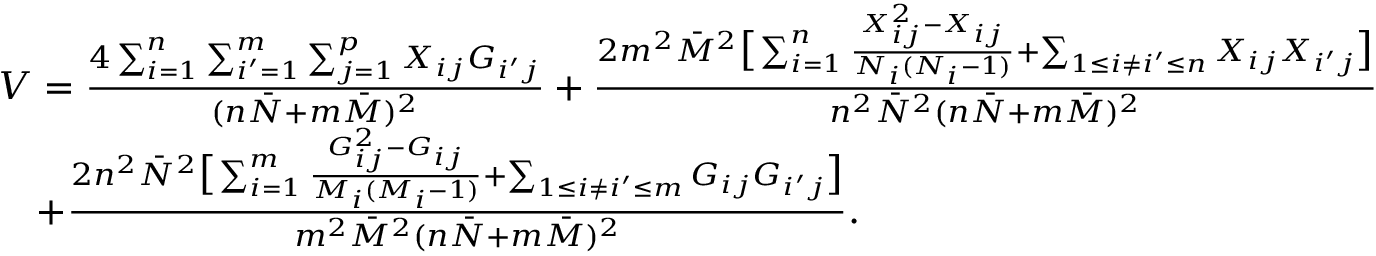
\begin{array} { r l } & { V = \frac { 4 \sum _ { i = 1 } ^ { n } \sum _ { i ^ { \prime } = 1 } ^ { m } \sum _ { j = 1 } ^ { p } X _ { i j } G _ { i ^ { \prime } j } } { ( n \bar { N } + m \bar { M } ) ^ { 2 } } + \frac { 2 m ^ { 2 } \bar { M } ^ { 2 } \big [ \sum _ { i = 1 } ^ { n } \frac { X _ { i j } ^ { 2 } - X _ { i j } } { N _ { i } ( N _ { i } - 1 ) } + \sum _ { 1 \leq i \neq i ^ { \prime } \leq n } X _ { i j } X _ { i ^ { \prime } j } \big ] } { n ^ { 2 } \bar { N } ^ { 2 } ( n \bar { N } + m \bar { M } ) ^ { 2 } } } \\ & { \quad + \frac { 2 n ^ { 2 } \bar { N } ^ { 2 } \big [ \sum _ { i = 1 } ^ { m } \frac { G _ { i j } ^ { 2 } - G _ { i j } } { M _ { i } ( M _ { i } - 1 ) } + \sum _ { 1 \leq i \neq i ^ { \prime } \leq m } G _ { i j } G _ { i ^ { \prime } j } \big ] } { m ^ { 2 } \bar { M } ^ { 2 } ( n \bar { N } + m \bar { M } ) ^ { 2 } } . } \end{array}